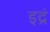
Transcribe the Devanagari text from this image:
इद्रं